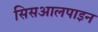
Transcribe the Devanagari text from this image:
सिसआलपाइन